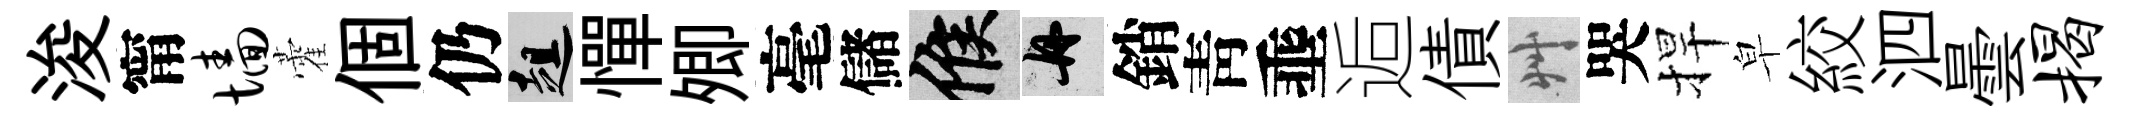
浚甯墙藿個仍趄憚𡖖毫儲候舟銷靑埀逅債艸哭捍皁絞泗曇揭